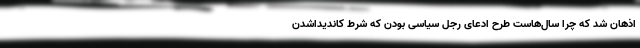
اذهان شد که چرا سال‌هاست طرح ادعای رجل سیاسی بودن که شرط کاندیداشدن